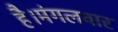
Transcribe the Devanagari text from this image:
है।मंगलवार